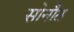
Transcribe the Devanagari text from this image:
सोनौठ